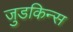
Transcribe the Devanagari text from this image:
जुडकिन्स